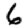
Digit: 6